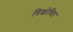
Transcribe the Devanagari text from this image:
विशोधित